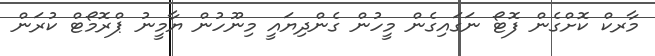
މާރކް ކޮށްގެން ފޮޓޯ ނަގައިގެން މީހުން ގެންދިޔައީ މިނޫހުން ޔާމީނު ޕްރޮމޯޓް ކުރަން